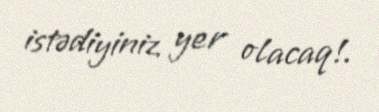
istədiyiniz yer olacaq!.